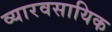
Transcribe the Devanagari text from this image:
व्यारवसायिक